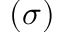
( \sigma )